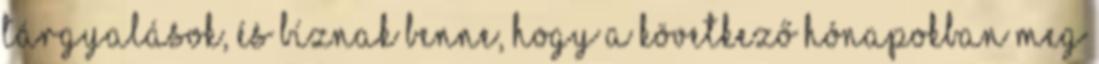
tárgyalások, és bíznak benne, hogy a következő hónapokban meg